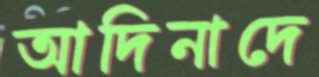
আদিনাদে